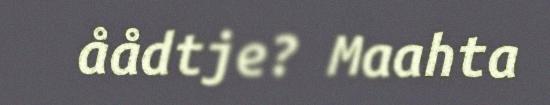
åådtje? Maahta